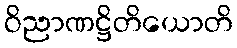
ဝိညာဏဋ္ဌိတိယောတိ